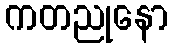
ကတညုနော